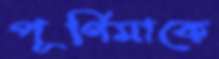
পূর্ণিমাকে